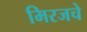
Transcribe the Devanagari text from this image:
मिरजचे